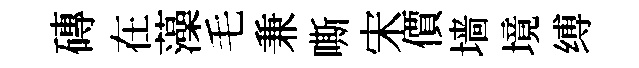
磚在藻毛兼嘶宋價墙境缚